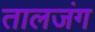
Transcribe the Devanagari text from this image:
तालजंग